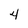
Character: 4